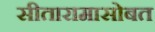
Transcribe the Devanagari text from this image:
सीतारामासोबत